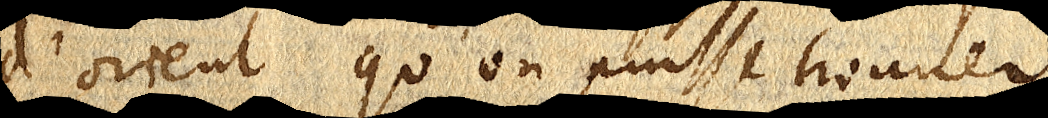
d’orient qu’on puisse trouver.